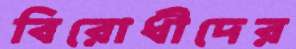
বিরোধীদের